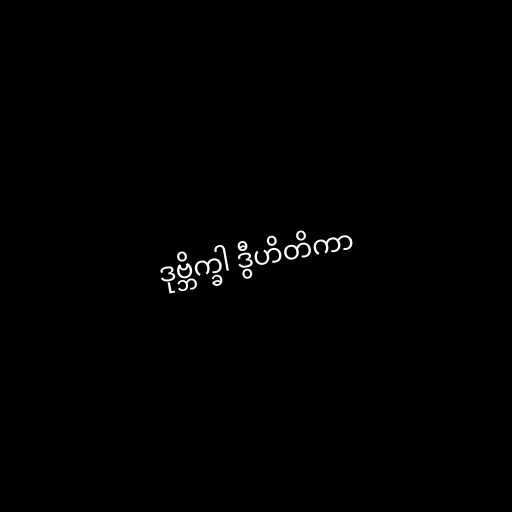
ဒုဗ္ဘိက္ခါ ဒွီဟိတိကာ